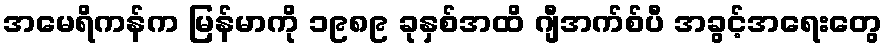
အမေရိကန်က မြန်မာကို ၁၉၈၉ ခုနှစ်အထိ ဂျီအက်စ်ပီ အခွင့်အရေးတွေ